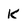
Character: k